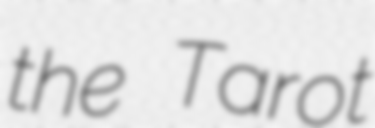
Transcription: the Tarot